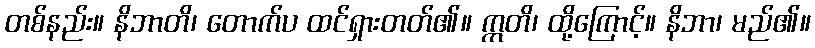
တစ်နည်း။ နိဘာတိ၊ တောက်ပ ထင်ရှားတတ်၏။ ဣတိ၊ ထို့ကြောင့်။ နိဘာ၊ မည်၏။